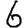
Digit: 6